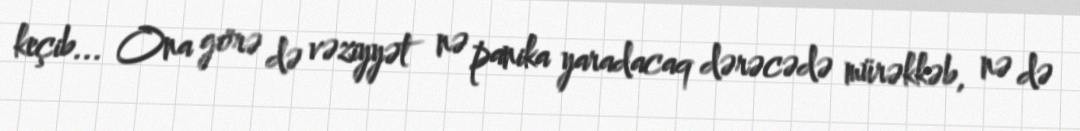
keçib... Ona görə də vəziyyət nə panika yaradacaq dərəcədə mürəkkəb, nə də